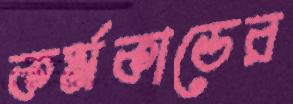
কর্মকান্ডের